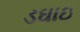
ડઘાઇ